Eesti_Ajutine_Maanoukogu, lk 6
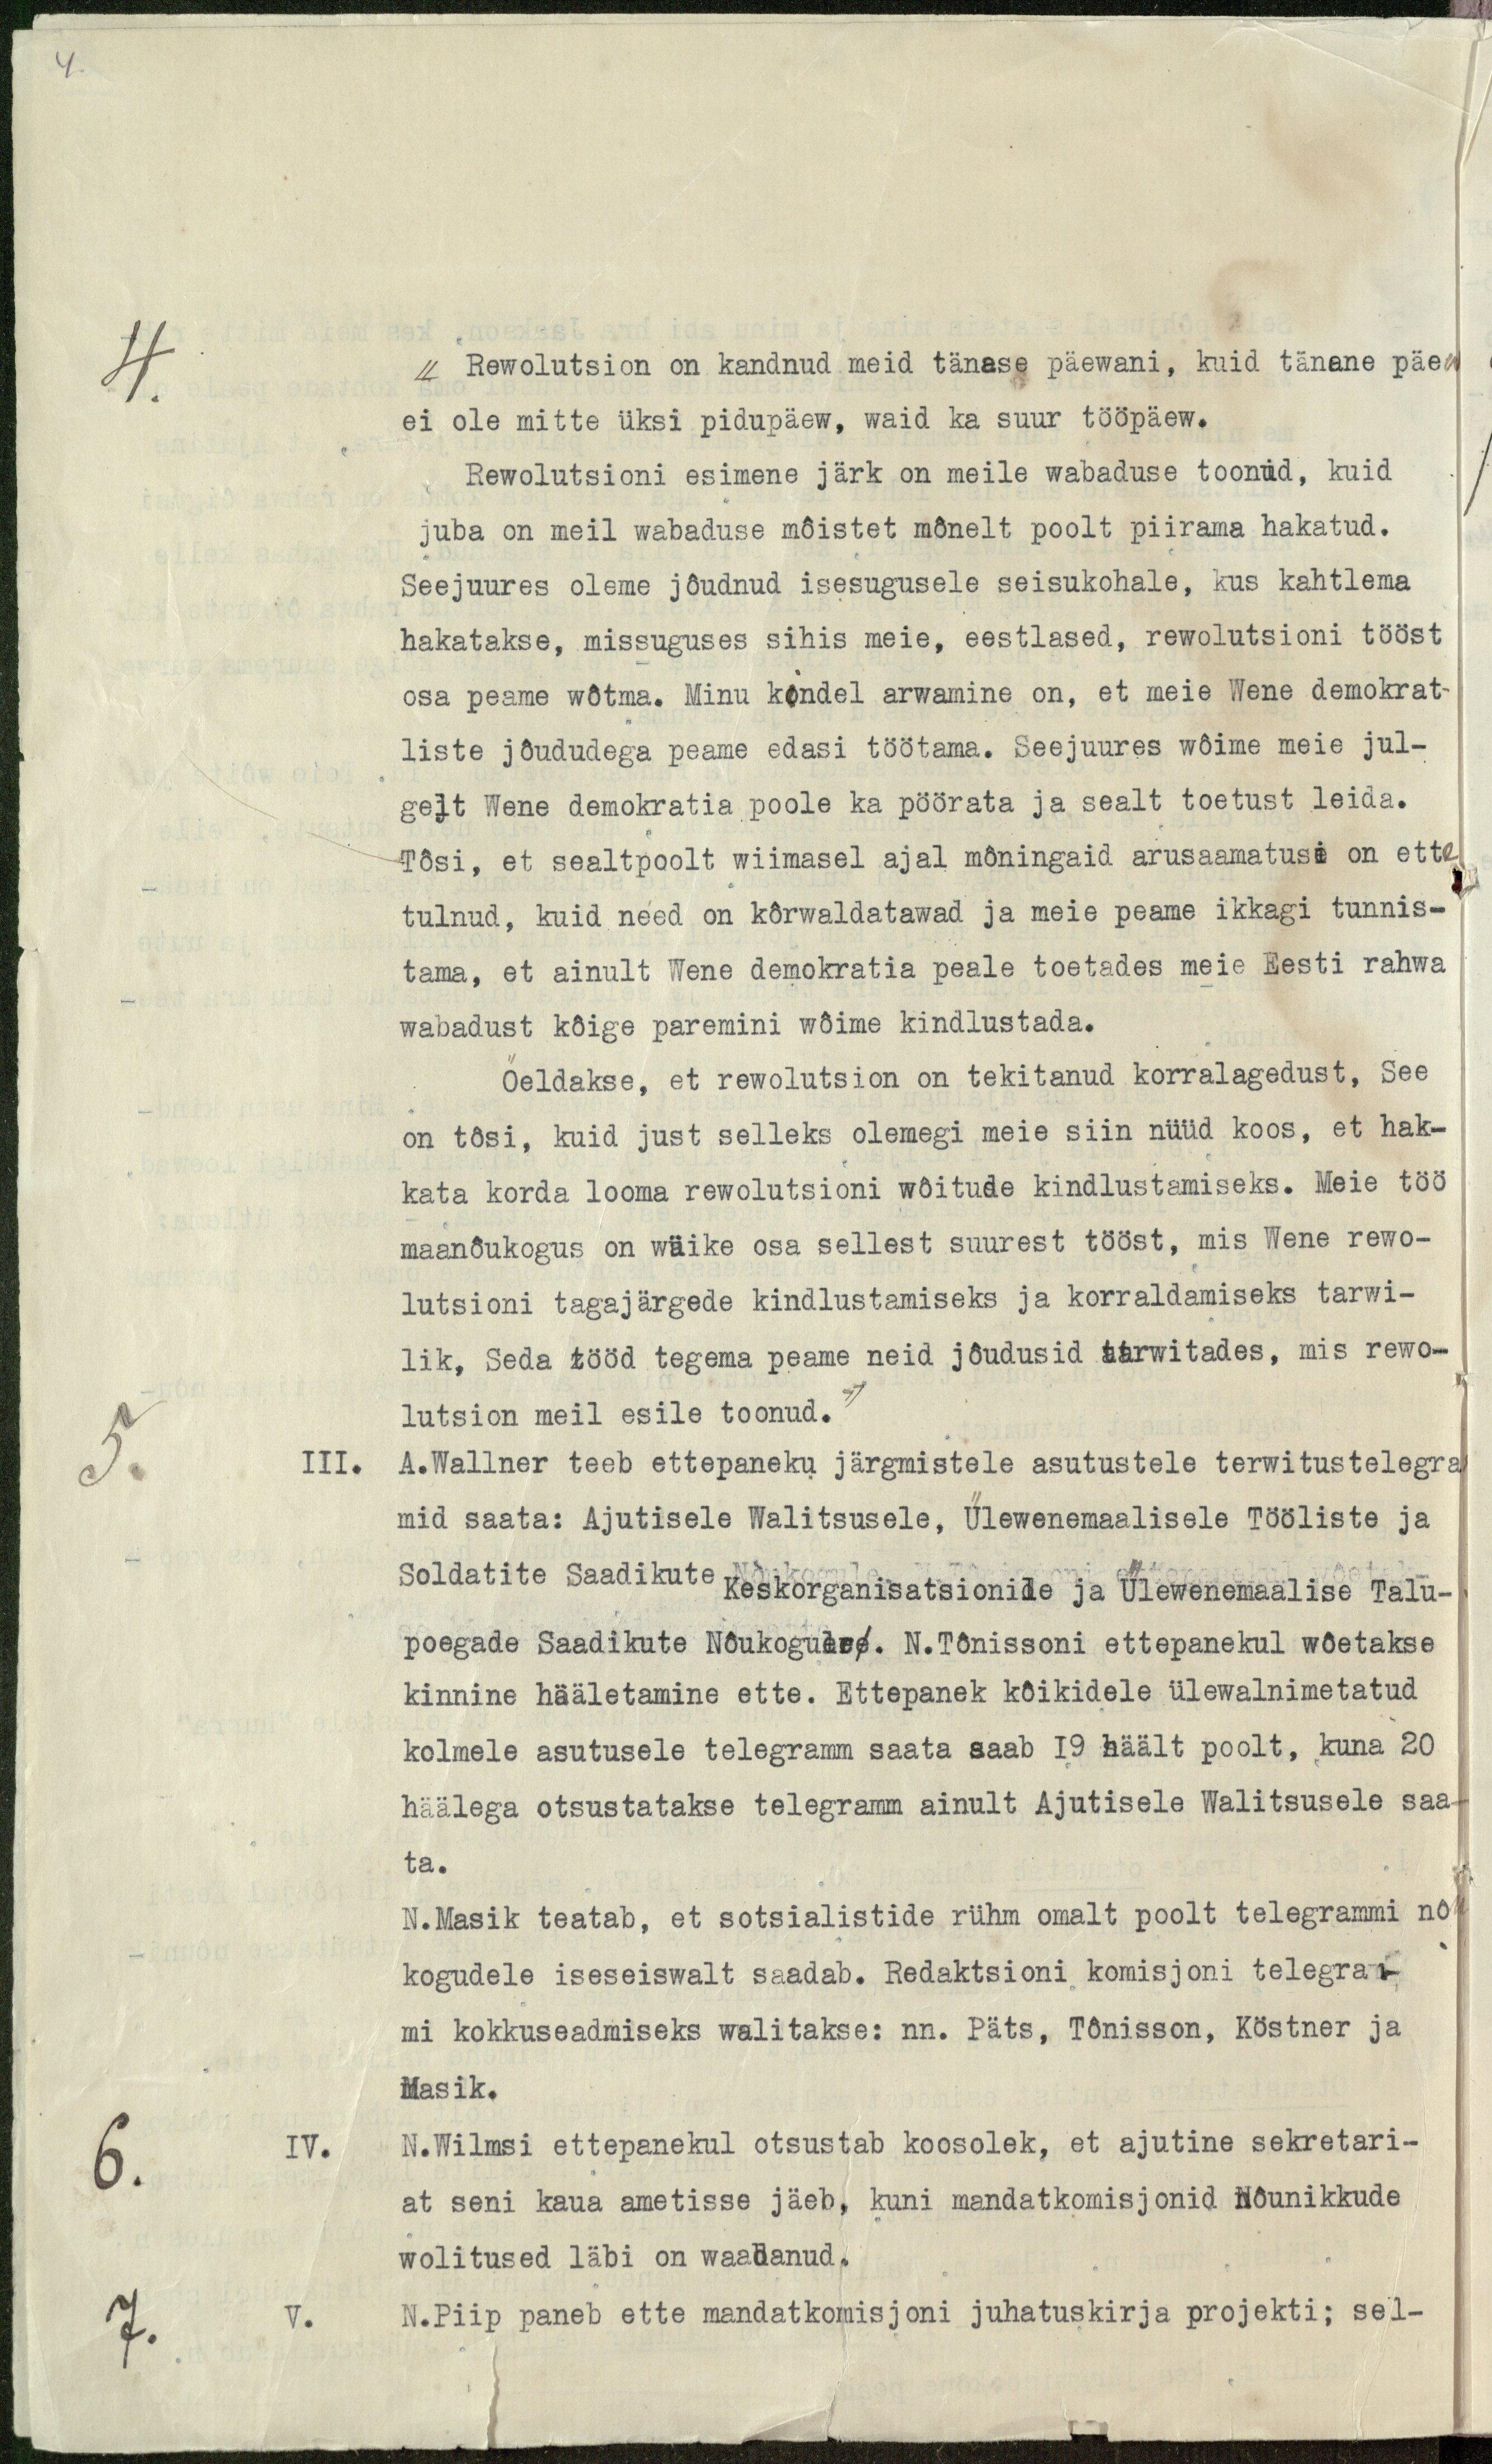
4
"Rewolutsion on kandnud meid tänese päewani, kuid tänane päew
ei ole mitte üksi pidupäew, waid ka suur tööpäew.
Rewolutsioni esimene järk on meile wabaduse toonud, kuid
juba on meil wabaduse mõistet mõnelt poolt piirama hakatud.
Seejuures oleme jõudnud isesugusele seisukohale, kus kahtlema
hakatakse, missuguses sihis meie, eestlased, rewolutsioni tööst
osa peame wõtma. Minu kindel arwamine on, et meie Wene demokrat-
liste jõududega peame edasi töötama. Seejuures wõime meie jul-
gelt Wene demokratia poole ka pöörata ja sealt toetust leida.
Tõsi, et sealtpoolt wiimasel ajal mõningaid arusaamatusi on ette
tulnud, kuid need on kõrwaldatawad ja meie peame ikkagi tunnis-
tama, et ainult Wene demokratia peale toetades meie Eesti rahwa
wabadust kõige paremini wõime kindlustada.
Öeldakse, et rewolutsion on tekitanud korralagedust, See
on tõsi, kuid just selleks olemegi meie siin nüüd koos, et hak-
kata korda looma rewolutsioni wõitude kindlustamiseks. Meie töö
maanõukogus on wäike osa sellest suurest tööst, mis Wene rewo-
lutsioni tagajärgede kindlustamiseks ja korraldamiseks tarwi-
lik, Seda tööd tegema peame neid jõudusid tarwitades, mis rewo-
lutsion meil esile toonud."
5.
III.
A. Wallner teeb ettepaneku järgmistele asutustele terwitustelegra
mid saata: Ajutisele Walitsusele, Ülewenemaalisele Tööliste ja
Soldatite Saadikute Keskorganisatsionide ja Ülewenemaalise Talu-
poegade Saadikute Nõukogulee. N. Tõnissoni ettepanekul wõetakse
kinnine hääletamine ette. Ettepanek kõikidele ülewalnimetatud
kolmele asutusele telegramm saata saab 19 häält poolt, kuna 20
häälega otsustatakse telegramm ainult Ajutisele Walitsusele saa-
ta.
N. Masik teatab, et sotsialistide rühm omalt poolt telegrammi nõu
kogudele iseseiswalt saadab. Redaktsioni komisjoni telegram-
mi kokkuseadmiseks walitakse: nn. Päts, Tõnisson, Köstner ja
Masik.
6.
IV.
N. Wilmsi ettepanekul otsustab koosolek, et ajutine sekretari-
at seni kaua ametisse jäeb, kuni mandatkomisjonid Nõunikkude
wolitused läbi on waadanud,
7.
V.
N. Piip paneb ette mandatkomisjoni juhatuskirja projekti; sel-